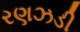
રણઝડી